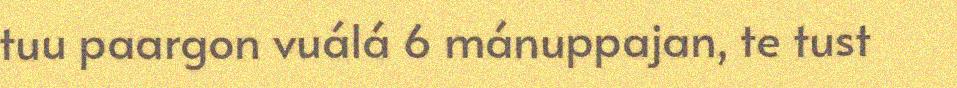
tuu paargon vuálá 6 mánuppajan, te tust